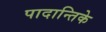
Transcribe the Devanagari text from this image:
पादान्तिके